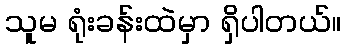
သူမ ရုံးခန်းထဲမှာ ရှိပါတယ်။